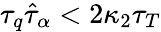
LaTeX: \tau_{q}\hat{\tau}_{\alpha}<2\kappa_{2}\tau_{T}